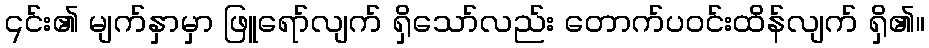
၎င်း၏ မျက်နှာမှာ ဖြူရော်လျက် ရှိသော်လည်း တောက်ပဝင်းထိန်လျက် ရှိ၏။